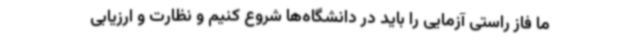
ما فاز راستی آزمایی را باید در دانشگاه‌ها شروع کنیم و نظارت و ارزیابی